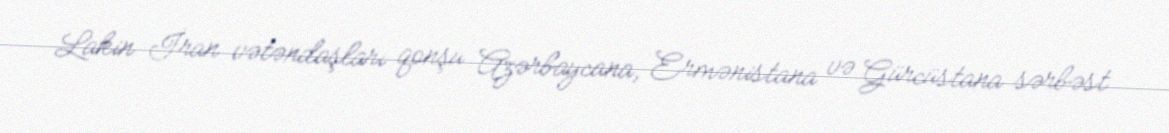
Lakin İran vətəndaşları qonşu Azərbaycana, Ermənistana və Gürcüstana sərbəst